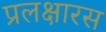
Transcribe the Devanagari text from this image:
प्रलक्षारस